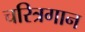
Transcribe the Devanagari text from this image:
चरित्रगान